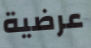
عرضية